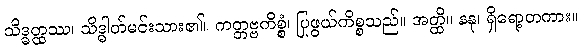
သိဒ္ဓတ္ထဿ၊ သိဒ္ဓါတ်မင်းသား၏။ ကတ္တဗ္ဗကိစ္စံ၊ ပြုဖွယ်ကိစ္စသည်။ အတ္ထိ။ နနု၊ ရှိရော့တကား။